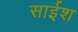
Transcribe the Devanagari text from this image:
साईश